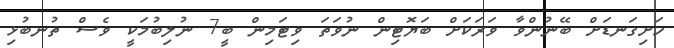
ހަށިގަނޑަށް ބޭނުންވާ ވަރަކަށް ބަޔޮޓިން ނުވަތަ ވިޓަމިން ބީ7 ނުލިބުމަކީ ވެސް ތުނބުޅި